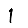
Digit: 1